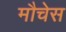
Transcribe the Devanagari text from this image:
मौचेस